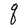
Character: q